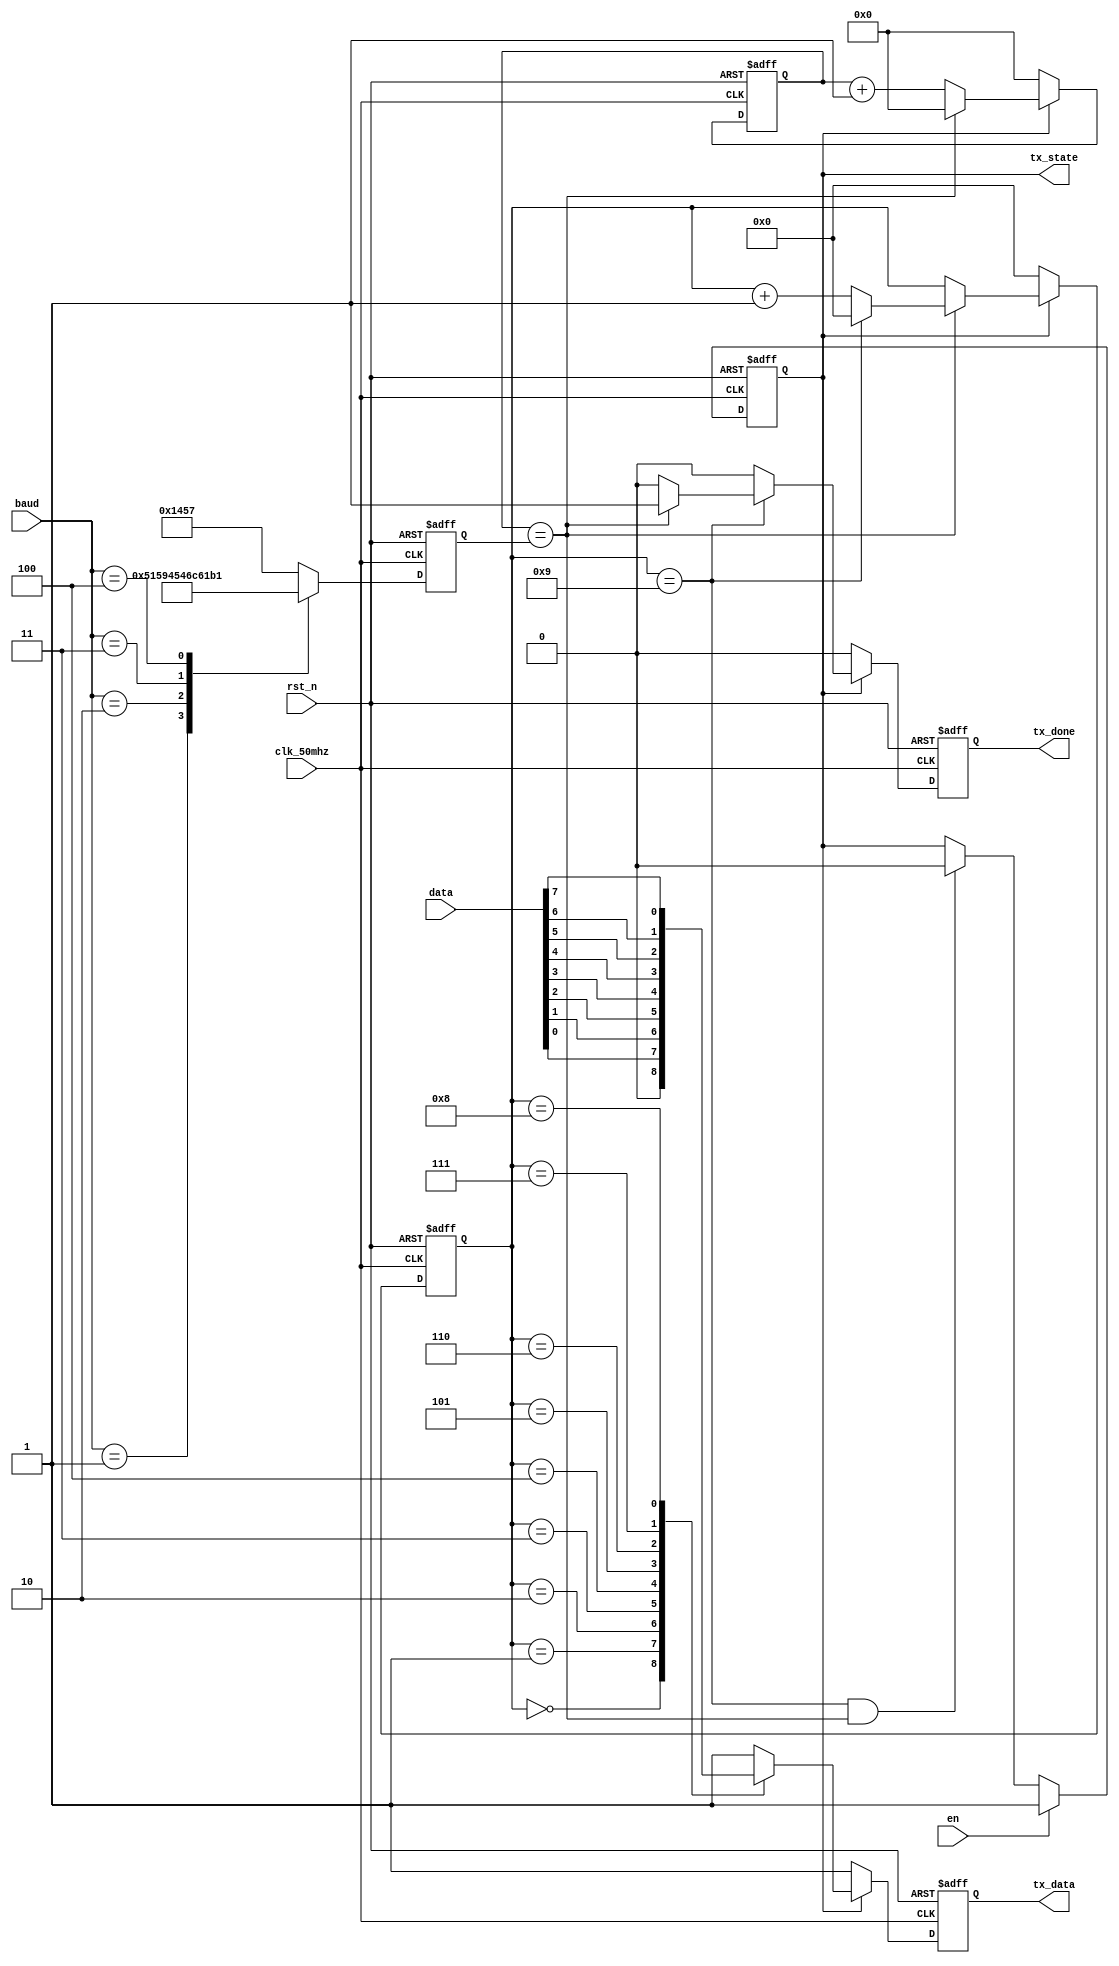
/**
* @brief:
* UART
*/
module uart_send(
	input wire clk_50mhz,
	input wire rst_n,
	input wire en,
	input wire [2:0] baud,
	input wire [7:0] data,
	output reg tx_state,
	output reg tx_data,
	output reg tx_done
);


reg [12:0] bps_target;
reg [12:0] bps_cnt;

reg [3:0] state_cnt;


// ,tx_state
always @(posedge clk_50mhz or negedge rst_n)
	if (rst_n == 1'b0)
		tx_state <= 1'b0;
	else if (en)
		tx_state <= 1'b1;
	else if (state_cnt == 4'd9 && bps_cnt == bps_target)
		tx_state <= 1'b0;
	else
		tx_state <= tx_state;


//
// ,(state!=IDEL)
// baud    bps    ns                   50MHz
// 0           9600         104167    104167/sys_clk_period    5208-1
// 1           19200        52083     52083/sys_clk_period     2604-1
// 2           38400        26041     26041/sys_clk_period     1302-1
// 3           57600        17361     17361/sys_clk_period     868-1
// 4           115200       8680      8680/sys_clk_period      434-1
//
always @(posedge clk_50mhz or negedge rst_n)
	if (rst_n == 1'b0)
		bps_target <= 13'd5207;
	else
		case(baud)
			3'd0:bps_target<=13'd5207;
			3'd1:bps_target<=13'd2603;
			3'd2:bps_target<=13'd1301;
			3'd3:bps_target<=13'd867;
			3'd4:bps_target<=13'd433;
			default:bps_target<=13'd5207;
		endcase

always @(posedge clk_50mhz or negedge rst_n)
	if (rst_n == 1'b0)
		bps_cnt <= 13'd0;
	else if (tx_state) begin
		if (bps_cnt == bps_target)
			bps_cnt <= 13'd0;
		else
			bps_cnt <= bps_cnt + 1'b1;
	end
	else
		bps_cnt <= 13'd0;

always @(posedge clk_50mhz or negedge rst_n)
	if (rst_n == 1'b0)
		state_cnt <= 4'd0;
	else if (tx_state) begin
		if (bps_cnt == bps_target) begin
			if (state_cnt == 4'd9)
				state_cnt <= 4'd0;
			else
				state_cnt <= state_cnt + 1'b1;
		end
		else
			state_cnt <= state_cnt;
	end
	else
		state_cnt <= 4'd0;


// 
always @(posedge clk_50mhz or negedge rst_n)
	if (rst_n == 1'b0) begin
		tx_data <= 1'b1;
		tx_done <= 1'b0;
	end
	else if (tx_state) begin
		case(state_cnt)
			4'd0:begin tx_data<=1'b0;tx_done<=1'b0;end
			4'd1:begin tx_data<=data[0];tx_done<=1'b0;end
			4'd2:begin tx_data<=data[1];tx_done<=1'b0;end
			4'd3:begin tx_data<=data[2];tx_done<=1'b0;end
			4'd4:begin tx_data<=data[3];tx_done<=1'b0;end
			4'd5:begin tx_data<=data[4];tx_done<=1'b0;end
			4'd6:begin tx_data<=data[5];tx_done<=1'b0;end
			4'd7:begin tx_data<=data[6];tx_done<=1'b0;end
			4'd8:begin tx_data<=data[7];tx_done<=1'b0;end
			4'd9:
				begin
					if (bps_cnt == bps_target) begin
						tx_data<=1'b1;
						tx_done<=1'b1;
					end
					else begin
						tx_data<=1'b1;
						tx_done<=1'b0;
					end
				end
			default:begin tx_data<=1'b1;tx_done<=1'b0;end
		endcase
	end
	else begin
		tx_data <= 1'b1;
		tx_done <= 1'b0;
	end
	
endmodule